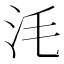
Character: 𣲭